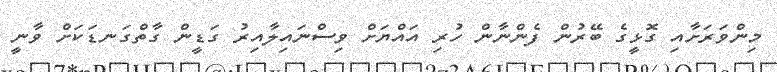
މިންވަރަށާއި ގޮޅީގެ ބޭރުން ފެންނާން ހުރި އައްޔަށް ވިސްނައިލާއިރު ގަޑީން ގާތްގަނޑަކަށް ވާނީ